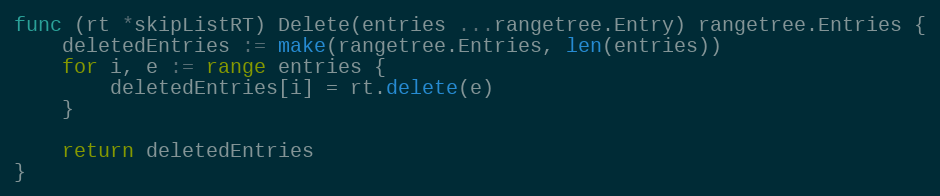
Language: Go
func (rt *skipListRT) Delete(entries ...rangetree.Entry) rangetree.Entries {
	deletedEntries := make(rangetree.Entries, len(entries))
	for i, e := range entries {
		deletedEntries[i] = rt.delete(e)
	}

	return deletedEntries
}